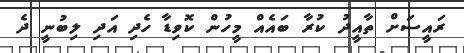
ރައީސަށް ތާއީދު ކުރާ ބައެއް މީހުން ކޮވިޑާ ހެދި އަދި ލިބުނީ ދެ